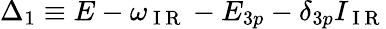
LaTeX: \Delta_{1}\equiv E-\omega_{\mathrm{~I~R~}}-E_{3p}-\delta_{3p}I_{\mathrm{~I~R~}}